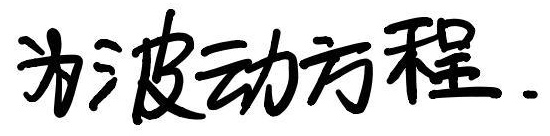
“为波动方程”并非LaTeX内容，推测你可能想表达相关的波动方程的公式。波动方程一般形式在一维情况下可表示为：
$$\frac{\partial^{2}u}{\partial t^{2}} = c^{2}\frac{\partial^{2}u}{\partial x^{2}}$$
其中$u(x,t)$是关于位置$x$和时间$t$的函数，$c$是波传播的速度。如果你有具体的波动方程想让我处理，请提供更准确的信息。